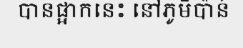
បានផ្អាកនេះ នៅភូមិប៉ាន់